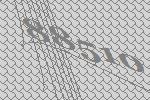
88510